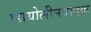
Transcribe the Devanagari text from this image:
व्हायोलीनवादक